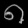
Digit: ၈